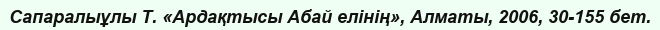
Сапаралыұлы Т. «Ардақтысы Абай елінің», Алматы, 2006, 30-155 бет.